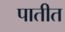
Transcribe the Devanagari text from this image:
पातीत